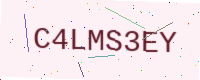
Text: C4LMS3EY